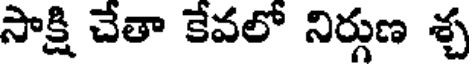
సాక్షి చేతా కేవలో నిర్గుణ శ్చ